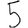
Digit: 5